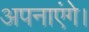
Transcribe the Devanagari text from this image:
अपनाएंगे।